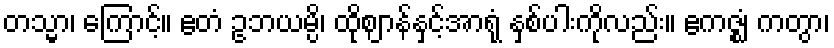
တသ္မာ၊ ကြောင့်။ ဧတံ ဥဘယမ္ပိ၊ ထိုဈာန်နှင့်အာရုံ နှစ်ပါးကိုလည်း။ ဧကဇ္ဈံ ကတွာ၊